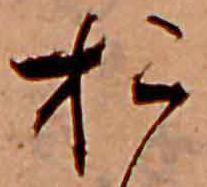
お